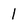
Character: 1